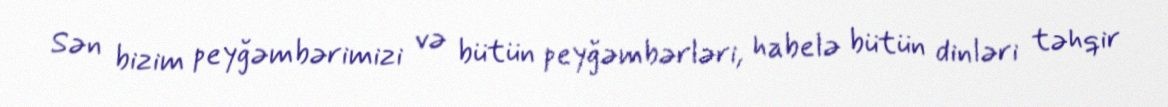
Sən bizim peyğəmbərimizi və bütün peyğəmbərləri, habelə bütün dinləri təhqir